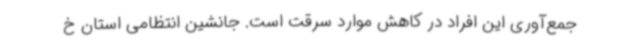
جمع‌آوری این افراد در کاهش موارد سرقت است. جانشین انتظامی استان خ